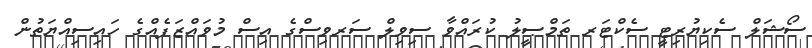
ސޯޝަލް ސެކިޔުރިޓީ ސެކްޓަރ ތަމްޞީލު ކުރައްވާ ސިވިލް ސަރވިސްގެ އިސް މުވައްޒަފެއްގެ ހައިސިއްޔަތުން